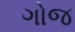
ગોજ